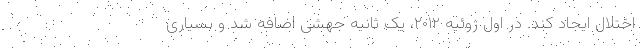
اختلال ایجاد کند. در اول ژوئیه ۲۰۱۲، یک ثانیه جهشی اضافه شد و بسیاری